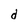
Character: d